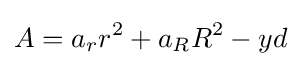
A=a_{r}r^{2}+a_{R}R^{2}-yd